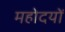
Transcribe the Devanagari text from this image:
महोदयों